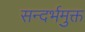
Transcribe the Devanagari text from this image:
सन्दर्भमुक्त